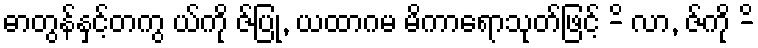
ဓာတွန်နှင့်တကွ ယ်ကို ဇ်ပြု, ယထာဂမ မိကာရောသုတ်ဖြင့် -ိ လာ, ဇ်ကို -ိ